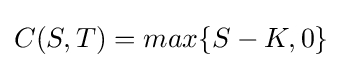
C(S,T)=max\{S-K,0\}